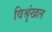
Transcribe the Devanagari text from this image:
विश्रृंखल